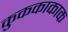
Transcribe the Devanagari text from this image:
कुककाकाक